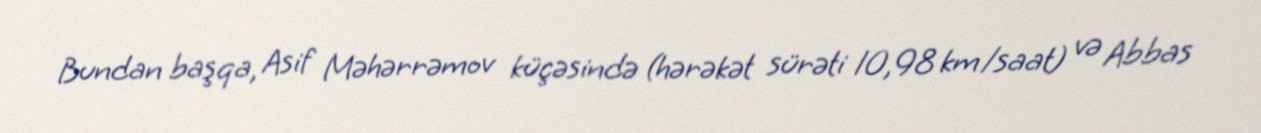
Bundan başqa, Asif Məhərrəmov küçəsində (hərəkət sürəti 10,98 km/saat) və Abbas